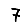
Digit: 7